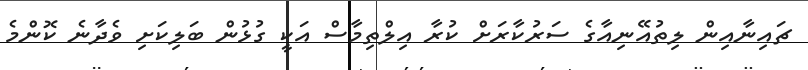
ޗައިނާއިން ލިތުއޭނިއާގެ ސަރުކާރަށް ކުރާ އިލްތިމާސް އަކީ ގުޅުން ބަލިކަށި ވެދާނެ ކޮންމެ